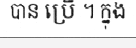
បាន ប្រើ ។ ក្នុង